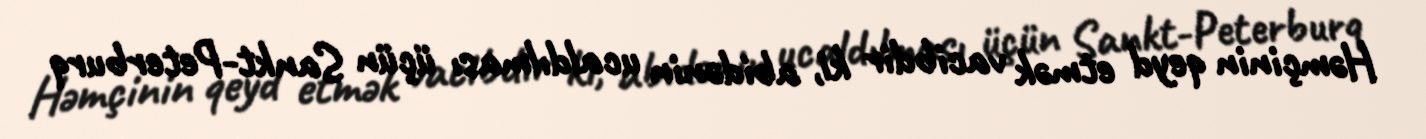
Həmçinin qeyd etmək vacibdir ki, abidənin ucaldılması üçün Sankt-Peterburq